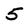
Character: 5